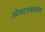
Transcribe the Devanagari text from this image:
ओवरएक्सप्रेस